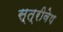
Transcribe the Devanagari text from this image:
स्त्रीवेष